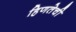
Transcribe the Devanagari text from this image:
हिणतेची